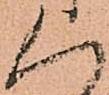
く